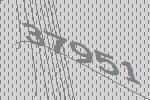
37951